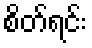
စိတ်ရင်း